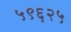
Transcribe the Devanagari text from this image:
५९६२५